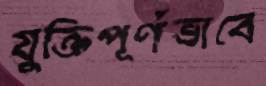
যুক্তিপূর্ণভাবে